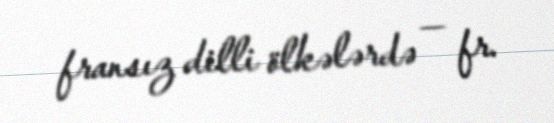
fransız dilli ölkələrdə — fr.